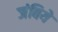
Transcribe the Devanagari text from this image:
जंबिये